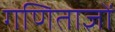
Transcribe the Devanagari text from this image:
गणिताज्ञों